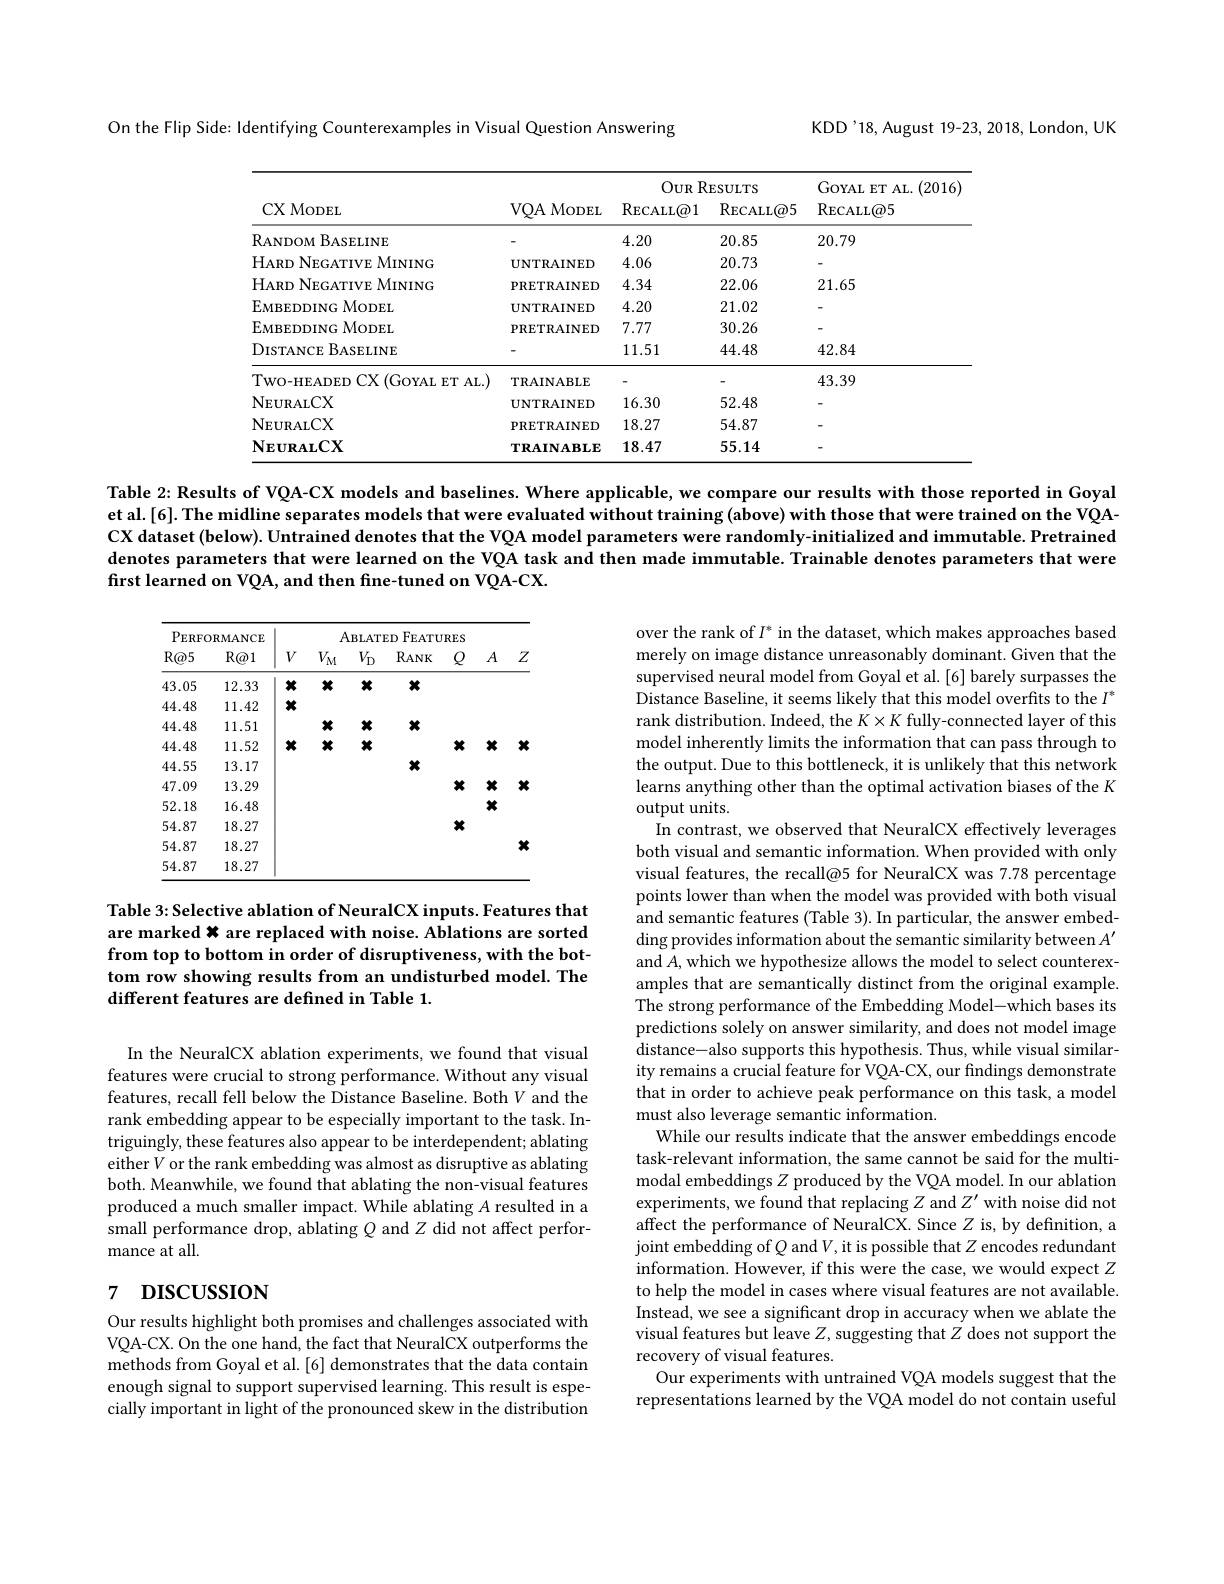
On the Flip Side: Identifying Counterexamples in Visual Question Answering

KDD'18, August 19-23, 2018, London, UK

<table>
	<tbody>
		<tr>
			<th rowspan="2">CX MoDEL</th>
			<th rowspan="2">VQA MoDEL</th>
			<th colspan="2">$OURRESULTS$</th>
			<th rowspan="2">GOYAL ET AL. (2016 RECALL$\textcircled {a}5$</th>
		</tr>
		<tr>
			<th>$\operatorname{RECALL}\textcircled{a}1$</th>
			<th>RECALL@ 5</th>
		</tr>
		<tr>
			<td>RANDOM BASELINE</td>
			<td> </td>
			<td>4.20</td>
			<td>20.85</td>
			<td>20.79</td>
		</tr>
		<tr>
			<td>HARD NEGATIVE MINING</td>
			<td>$UNTRAINED$</td>
			<td>4.06</td>
			<td>20.73</td>
			<td> </td>
		</tr>
		<tr>
			<td>HARD NEGATIVE MINING</td>
			<td>$\mathbf{PRETRAINED}$</td>
			<td>4.34</td>
			<td>22.06</td>
			<td>21.65</td>
		</tr>
		<tr>
			<td>EMBEDDING MODEL</td>
			<td>$UNTRAINED$</td>
			<td>4.20</td>
			<td>21.02</td>
			<td> </td>
		</tr>
		<tr>
			<td>EMBEDDING MODEL</td>
			<td>PRETRAINED</td>
			<td>7.77</td>
			<td>30.26</td>
			<td> </td>
		</tr>
		<tr>
			<td>DISTANCE BASELINE</td>
			<td> </td>
			<td>11.51</td>
			<td>44.48</td>
			<td>42.84</td>
		</tr>
		<tr>
			<td>TWO-HEADEDCX(GOYALETAL.)</td>
			<td>$\mathbf{TRAINABLE}$</td>
			<td> </td>
			<td> </td>
			<td>43.39</td>
		</tr>
		<tr>
			<td>$\mathbf{N}_{\mathbf{E}\mathbf{U}\mathbf{R}\mathbf{AL}}$CX</td>
			<td>$UNTRAINED$</td>
			<td>16.30</td>
			<td>52.48</td>
			<td> </td>
		</tr>
		<tr>
			<td>$\mathbf{N}_{\mathbf{E}\mathbf{U}\mathbf{R}\mathbf{AL}}$CX</td>
			<td>$\mathbf{PRETRAINED}$</td>
			<td>18.27</td>
			<td>54.87</td>
			<td> </td>
		</tr>
		<tr>
			<td>$\mathbf{N}_{\mathbf{E}\mathbf{U}\mathbf{R}\mathbf{AL}}\mathbf{CX}$</td>
			<td>$\mathbf{TRAINABLE}$</td>
			<td>18.47</td>
			<td>55.14</td>
			<td> </td>
		</tr>
	</tbody>
</table>

Table 2: Results of VQA-CX models and baselines. Where applicable, we compare our results with those reported in Goyal et al.[6]. The midline separates models that were evaluated without training (above) with those that were trained on the VQACX dataset (below). Untrained denotes that the VQA model parameters were randomly-initialized and immutable. Pretrained denotes parameters that were learned on the VQA task and then made immutable. Trainable denotes parameters that were first learned on VQA, and then fine-tuned on VQA-CX.

<table>
	<tbody>
		<tr>
			<th colspan="2">${\mathrm{PERFORMANCE}}$</th>
			<th colspan="7">ABLATED FEATURES</th>
		</tr>
		<tr>
			<th>$R@5$</th>
			<th>$R@1$</th>
			<th>$V$</th>
			<th>$V_{\mathrm{M}}$</th>
			<th>$V_{\mathrm{D}}$ - -</th>
			<th>$RANK$</th>
			<th>$Q$</th>
			<th>$A$</th>
			<th>$Z$</th>
		</tr>
		<tr>
			<td>43.05</td>
			<td>12.33</td>
			<td>ж</td>
			<td>X</td>
			<td>X</td>
			<td>X</td>
			<td> </td>
			<td> </td>
			<td> </td>
		</tr>
		<tr>
			<td>44.48</td>
			<td>11.42</td>
			<td>ж</td>
			<td> </td>
			<td> </td>
			<td> </td>
			<td> </td>
			<td> </td>
			<td> </td>
		</tr>
		<tr>
			<td>44.48</td>
			<td>11.51</td>
			<td> </td>
			<td>X</td>
			<td>X</td>
			<td>X</td>
			<td> </td>
			<td> </td>
			<td> </td>
		</tr>
		<tr>
			<td>44.48</td>
			<td>11.52</td>
			<td>ж</td>
			<td>X</td>
			<td>X</td>
			<td> </td>
			<td>ж</td>
			<td>X</td>
			<td>$x$</td>
		</tr>
		<tr>
			<td>44.55</td>
			<td>13.17</td>
			<td> </td>
			<td> </td>
			<td> </td>
			<td>X</td>
			<td> </td>
			<td> </td>
			<td> </td>
		</tr>
		<tr>
			<td>47.09</td>
			<td>13.29</td>
			<td> </td>
			<td> </td>
			<td> </td>
			<td> </td>
			<td>ж</td>
			<td>X</td>
			<td>$x$</td>
		</tr>
		<tr>
			<td>52.18</td>
			<td>16.48</td>
			<td> </td>
			<td> </td>
			<td> </td>
			<td> </td>
			<td> </td>
			<td>X</td>
			<td> </td>
		</tr>
		<tr>
			<td>54.87</td>
			<td>18.27</td>
			<td> </td>
			<td> </td>
			<td> </td>
			<td> </td>
			<td>ж</td>
			<td> </td>
			<td> </td>
		</tr>
		<tr>
			<td>54.87</td>
			<td>18.27</td>
			<td> </td>
			<td> </td>
			<td> </td>
			<td> </td>
			<td> </td>
			<td> </td>
			<td>$x$</td>
		</tr>
		<tr>
			<td>54.87</td>
			<td>18.27</td>
			<td> </td>
			<td> </td>
			<td> </td>
			<td> </td>
			<td> </td>
			<td> </td>
			<td> </td>
		</tr>
	</tbody>
</table>

Table 3: Selective ablation of NeuralCX inputs. Features that are marked 米 are replaced with noise. Ablations are sorted from top to bottom in order of disruptiveness, with the bottom row showing results from an undisturbed model. The different features are defined in Table 1.

over the rank of $I^*$ in the dataset, which makes approaches based merely on image distance unreasonably dominant. Given that the supervised neural model from Goyal et al. [6] barely surpasses the Distance Baseline, it seems likely that this model overfits to the $I^*$ rank distribution. Indeed, the $K\times K$ fully-connected layer of this model inherently limits the information that can pass through to the output. Due to this bottleneck, it is unlikely that this network learns anything other than the optimal activation biases of the K output units.
In contrast, we observed that NeuralCX effectively leverages both visual and semantic information. When provided with only visual features, the recall@5 for NeuralCX was 7.78 percentage points lower than when the model was provided with both visual and semantic features (Table 3). In particular, the answer embedding provides information about the semantic similarity between $A^\prime$ and $A$, which we hypothesize allows the model to select counterexamples that are semantically distinct from the original example. The strong performance of the Embedding Model-which bases its predictions solely on answer similarity, and does not model image distance- also supports this hypothesis. Thus, while visual similarity remains a crucial feature for VQA-CX, our findings demonstrate that in order to achieve peak performance on this task, a model must also leverage semantic information.
While our results indicate that the answer embeddings encode task-relevant information, the same cannot be said for the multimodal embeddings $Z$ produced by the VQA model. In our ablation experiments, we found that replacing $Z$ and $Z^\prime$ with noise did not affect the performance of NeuralCX. Since Z is, by definition, a joint embedding of $Q$ and $V$,it is possible that $Z$ encodes redundant information. However, if this were the case, we would expect $Z$ to help the model in cases where visual features are not available. Instead, we see a significant drop in accuracy when we ablate the visual features but leave $Z$, suggesting that $Z$ does not support the recovery of visual features.
Our experiments with untrained VQA models suggest that the representations learned by the VQA model do not contain useful

In the NeuralCX ablation experiments, we found that visual features were crucial to strong performance. Without any visual features, recall fell below the Distance Baseline. Both $V$ and the rank embedding appear to be especially important to the task. Intriguingly, these features also appear to be interdependent; ablating either$V$or the rank embedding was almost as disruptive as ablating both. Meanwhile, we found that ablating the non-visual features produced a much smaller impact. While ablating A resulted in a small performance drop, ablating $Q$ and $Z$ did not affect performance at all.

# 7 DISCUSSION

Our results highlight both promises and challenges associated with VQA-CX. On the one hand, the fact that NeuralCX outperforms the methods from Goyal et al.[6] demonstrates that the data contain enough signal to support supervised learning. This result is especially important in light of the pronounced skew in the distribution